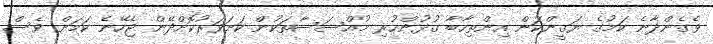
ވެގެންދާނެ ކަމުގެ ޔަގީންކަން އިންތިހާބާ ގުޅުންހުރި މުއްސަސާތަކުން ކަށަވަރުކޮށްދޭން ޖެހޭނެ ކަމަށް ވެސް